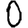
Digit: 0